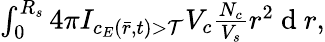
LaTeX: \begin{array}{r}{\int_{0}^{R_{s}}4\pi I_{c_{E}(\bar{r},t)>\mathcal{T}}V_{c}\frac{N_{c}}{V_{s}}r^{2}\mathrm{~d~}r,}\end{array}